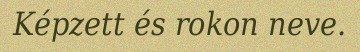
Képzett és rokon neve.